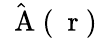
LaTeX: \hat{\mathrm{~\mathbf~A~}}(\mathrm{~\mathbf~r~})